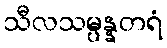
သီလသမ္ပန္နတရံ